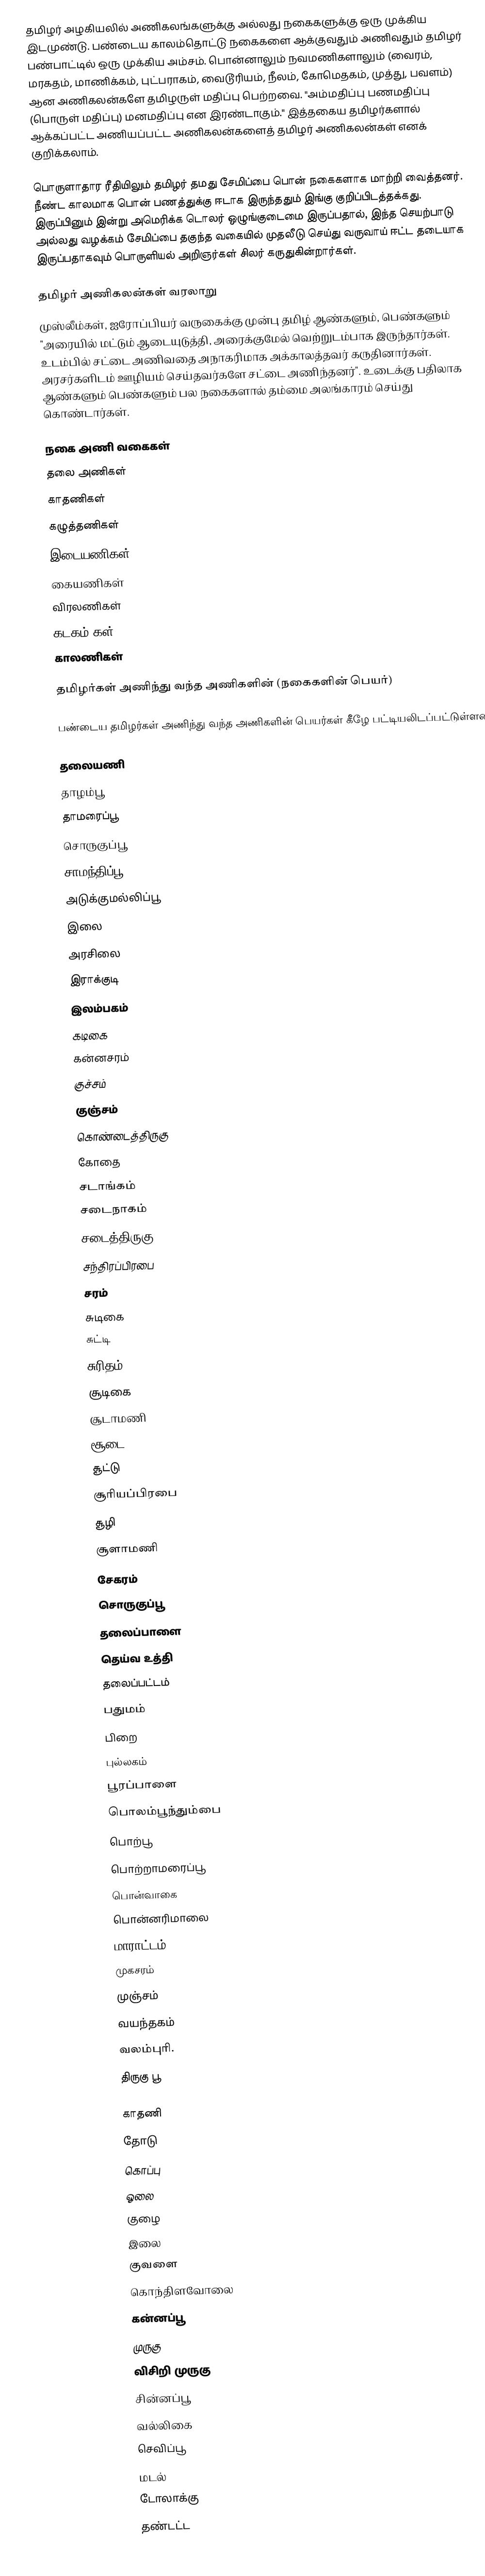
தமிழர் அழகியலில் அணிகலங்களுக்கு அல்லது நகைகளுக்கு ஒரு முக்கிய இடமுண்டு.  பண்டைய காலம்தொட்டு நகைகளை ஆக்குவதும் அணிவதும் தமிழர் பண்பாட்டில் ஒரு முக்கிய அம்சம்.  பொன்னாலும் நவமணிகளாலும் (வைரம், மரகதம், மாணிக்கம், புட்பராகம், வைடூரியம், நீலம், கோமெதகம், முத்து, பவளம்) ஆன அணிகலன்களே தமிழருள் மதிப்பு பெற்றவை.  "அம்மதிப்பு பணமதிப்பு (பொருள் மதிப்பு) மனமதிப்பு என இரண்டாகும்."   இத்தகைய தமிழர்களால் ஆக்கப்பட்ட அணியப்பட்ட அணிகலன்களைத் தமிழர் அணிகலன்கள் எனக் குறிக்கலாம்.

பொருளாதார ரீதியிலும் தமிழர் தமது சேமிப்பை பொன் நகைகளாக மாற்றி வைத்தனர்.  நீண்ட காலமாக பொன் பணத்துக்கு ஈடாக இருந்ததும் இங்கு குறிப்பிடத்தக்கது.  இருப்பினும் இன்று அமெரிக்க டொலர் ஒழுங்குடைமை இருப்பதால், இந்த செயற்பாடு அல்லது வழக்கம் சேமிப்பை தகுந்த வகையில் முதலீடு செய்து வருவாய் ஈட்ட தடையாக இருப்பதாகவும் பொருளியல் அறிஞர்கள் சிலர் கருதுகின்றார்கள்.

தமிழர் அணிகலன்கள் வரலாறு
முஸ்லீம்கள், ஐரோப்பியர் வருகைக்கு முன்பு தமிழ் ஆண்களும், பெண்களும் "அரையில் மட்டும் ஆடையுடுத்தி, அரைக்குமேல் வெற்றுடம்பாக இருந்தார்கள்.  உடம்பில் சட்டை அணிவதை அநாகரிமாக அக்காலத்தவர் கருதினார்கள்.  அரசர்களிடம் ஊழியம் செய்தவர்களே சட்டை அணிந்தனர்".  உடைக்கு பதிலாக ஆண்களும் பெண்களும் பல நகைகளால் தம்மை அலங்காரம் செய்து கொண்டார்கள்.

நகை அணி வகைகள்
 தலை அணிகள்
 காதணிகள்
 கழுத்தணிகள்
 இடையணிகள்
 கையணிகள்
 விரலணிகள்
 கடகம் கள்
 காலணிகள்

தமிழர்கள் அணிந்து வந்த அணிகளின் (நகைகளின் பெயர்)

பண்டைய தமிழர்கள் அணிந்து வந்த அணிகளின் பெயர்கள் கீழே பட்டியலிடப்பட்டுள்ளன.

தலையணி
தாழம்பூ
தாமரைப்பூ
சொருகுப்பூ
சாமந்திப்பூ
அடுக்குமல்லிப்பூ
இலை
அரசிலை
இராக்குடி
இலம்பகம்
கடிகை
கன்னசரம்
குச்சம்
குஞ்சம்
கொண்டைத்திருகு
கோதை
சடாங்கம்
சடைநாகம்
சடைத்திருகு
சந்திரப்பிரபை
சரம்
சுடிகை
சுட்டி
சுரிதம்
சூடிகை
சூடாமணி
சூடை
சூட்டு
சூரியப்பிரபை
சூழி
சூளாமணி
சேகரம்
சொருகுப்பூ
தலைப்பாளை
தெய்வ உத்தி
தலைப்பட்டம்
பதுமம்
பிறை
புல்லகம்
பூரப்பாளை
பொலம்பூந்தும்பை
பொற்பூ
பொற்றாமரைப்பூ
பொன்வாகை
பொன்னரிமாலை
மாராட்டம்
முகசரம்
முஞ்சம்
வயந்தகம்
வலம்புரி.
திருகு பூ

காதணி
தோடு
கொப்பு
ஓலை
குழை
இலை
குவளை
கொந்திளவோலை
கன்னப்பூ
முருகு
விசிறி முருகு
சின்னப்பூ
வல்லிகை
செவிப்பூ
மடல்
டோலாக்கு
தண்டட்ட